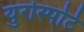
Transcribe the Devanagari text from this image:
युरोस्पोर्ट